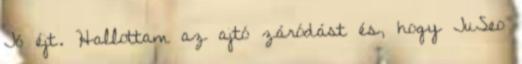
Jó éjt. Hallottam az ajtó záródást és, hogy JuSeo